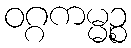
ဝဂ္ဂကမ္မဉ္စ